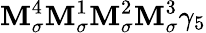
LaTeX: \mathbf{M}_{\sigma}^{4}\mathbf{M}_{\sigma}^{1}\mathbf{M}_{\sigma}^{2}\mathbf{M}_{\sigma}^{3}\gamma_{5}